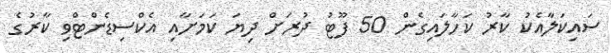
ސައިކަލާއެކު ކާރު ކަހާލައިގެން 50 ފޫޓު ދުރަށް ދިޔަ ކަމަށާއި އެކްސިޑެންޓްވި ކާރުގެ